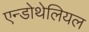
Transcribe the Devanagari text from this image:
एन्डोथेलियल